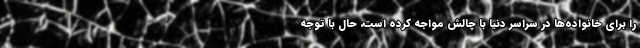
را برای خانواده‌ها در سراسر دنیا با چالش مواجه کرده است، حال با توجه